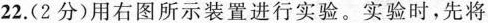
22.(2分)用右图所示装置进行实验。实验时，先将